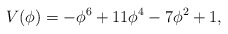
\begin{align*}V(\phi)=-\phi^6+11\phi^4-7\phi^2+1,\end{align*}